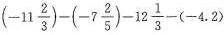
$$(-11 \frac{2}{3})-(-7 \frac{2}{5})-12 \frac{1}{3}-(-4.2)$$